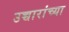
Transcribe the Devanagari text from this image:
उच्चारांच्या